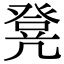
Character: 凳